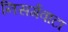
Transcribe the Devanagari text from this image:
निसर्गवाटा